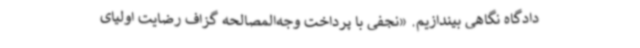
دادگاه نگاهی بیندازیم. «نجفی با پرداخت وجه‌المصالحه گزاف رضایت اولیای